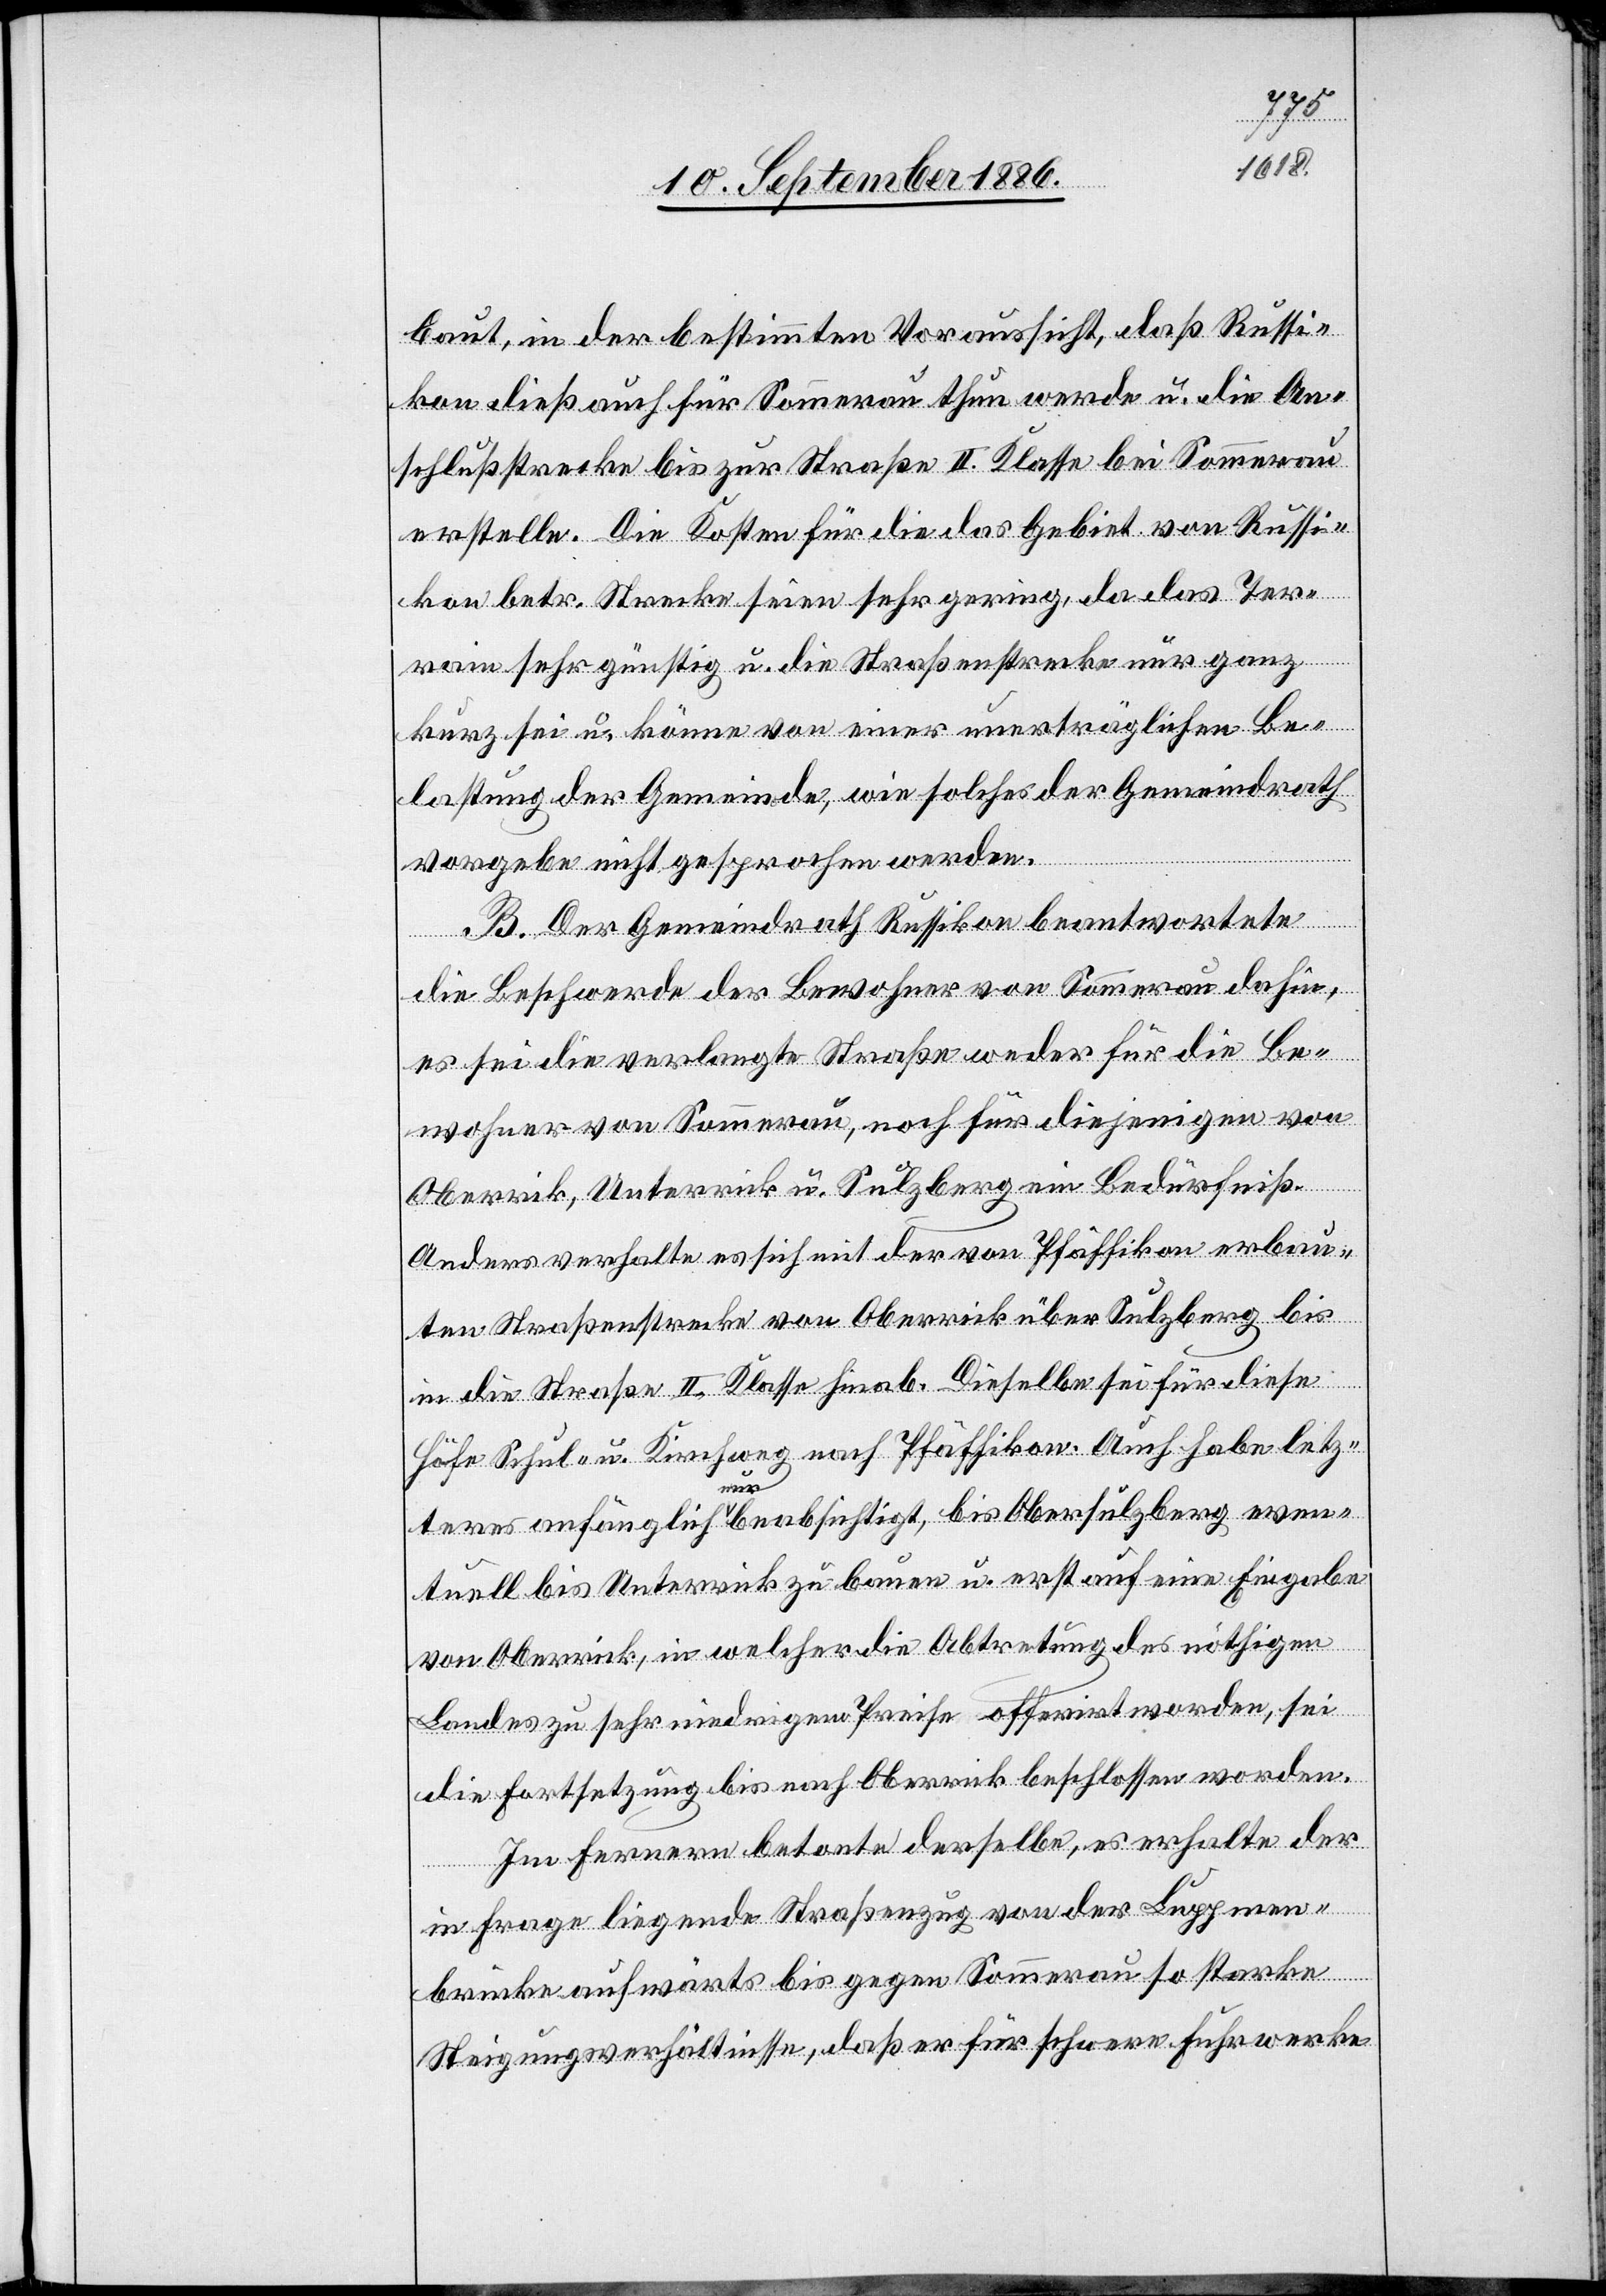
baut, in der bestimmten Voraussicht, daß Russi¬
kon dieß auch für Sommerau thun werde u. die An¬
schlußstrecke bis zur Straße II. Klasse bei Sommerau
erstelle. Die Kosten für die das Gebiet von Russi¬
kon betr. Strecke seien sehr gering, da das Ter¬
rain sehr günstig u. die Straßenstrecke nur ganz
kurz sei u. könne von einer unerträglichen Be¬
lastung der Gemeinde, wie solches der Gemeindrath
vorgebe, nicht gesprochen werden.
B. Der Gemeindrath Russikon beantwortete
die Beschwerde der Bewohner von Sommerau dahin,
es sei die verlangte Straße weder für die Be¬
wohner von Sommerau, noch für diejenigen von
Oberri[c]k, Unterrick u. Sulzberg ein Bedürfniß.
Anders verhalte es sich mit der von Pfäffikon erbau¬
ten Straßenstrecke von Oberrick über Sulzberg bis
in die Straße II. Klasse hinab. Dieselbe sei für diese
Höfe Schul- u. Kirchweg nach Pfäffikon. Auch habe letz¬
teres anfänglich a-nur-a beabsichtigt, bis Obersulzberg even¬
tuell bis Unterrick zu bauen u. erst auf eine Eingabe
von Oberrick, in welcher die Abtretung des nöthigen
Landes zu sehr niedrigem Preise offerirt worden, sei
die Fortsetzung bis nach Oberrick beschlossen worden.
Im Fernern betonte derselbe, es erhalte der
in Frage liegende Straßenzug von der Luppmen¬
brücke aufwärts bis gegen Sommerau so starke
Steigungsverhältnisse, daß er für schwere Fuhrwerke